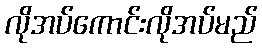
လိုအပ်ကောင်းလိုအပ်မည်